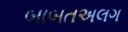
બાબતઅલગ